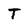
Character: T